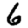
Digit: 6